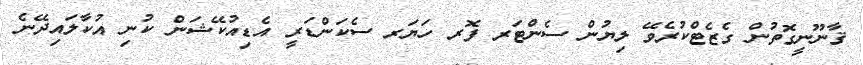
ޤާނޫނީގޮތުން ގެޒެޓްކުރެވޭ ލިޔުން ސެންޓަރ ފޮރ ހަޔަރ ސެކަންޑަރީ އެޑިއުކޭޝަން ކުނި އުކާލައިދޭނެ